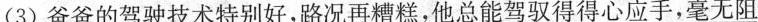
(3)爸爸的驾驶技术特别好，路况再糟糕，他总能\underline{驾驭得得心应手}，\underline{毫无阻}